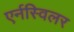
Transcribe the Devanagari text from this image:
एर्नस्विलर